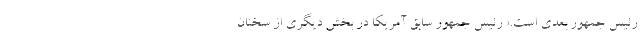
رئیس جمهور بعدی است.» رئیس جمهور سابق آمریکا در بخش دیگری از سخنان